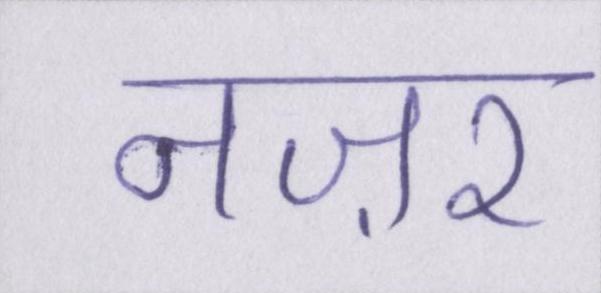
नज़र